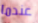
عندما